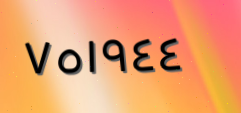
٧٥١٩٤٤